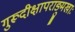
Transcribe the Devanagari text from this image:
गुरूदीक्षापराङ्मुखाः